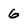
Character: 6